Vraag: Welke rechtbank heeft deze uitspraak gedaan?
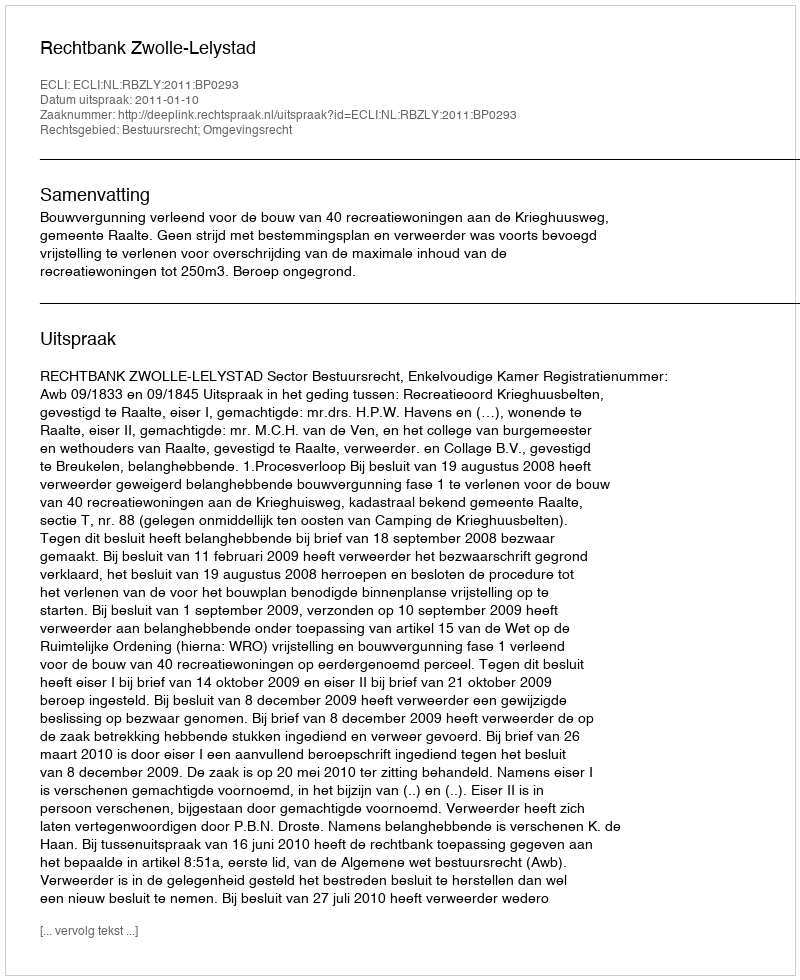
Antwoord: Rechtbank Zwolle-Lelystad